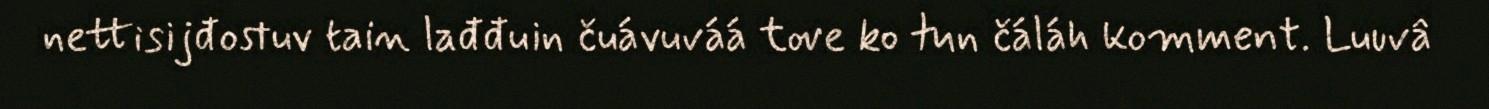
nettisijđostuv tain lađđuin čuávuváá tove ko tun čáláh komment. Luuvâ